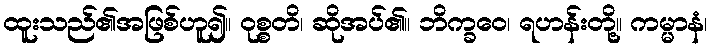
ထူးသည်၏အဖြစ်ဟူ၍။ ဝုစ္စတိ၊ ဆိုအပ်၏။ ဘိက္ခဝေ၊ ရဟန်းတို့။ ကမ္မာနံ၊